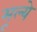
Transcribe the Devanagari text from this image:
मूल्‍ये